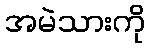
အမဲသားကို